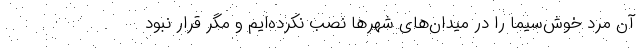
آن مرد خوش‌سیما را در میدان‌های شهرها نصب نکرده‌ایم و مگر قرار نبود